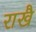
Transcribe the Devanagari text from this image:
राखै